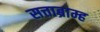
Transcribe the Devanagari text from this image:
सत्ताब्राम्ह